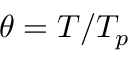
\theta = T / T _ { p }